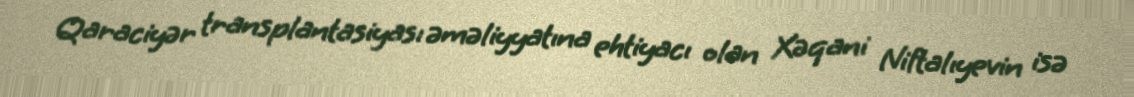
Qaraciyər transplantasiyası əməliyyatına ehtiyacı olan Xəqani Niftalıyevin isə